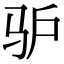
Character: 驴